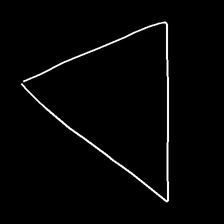
Glyph: convergence